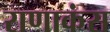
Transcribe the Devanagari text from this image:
राणाकंस